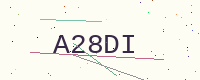
Text: A28DI